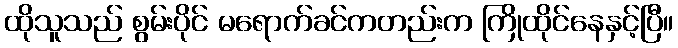
ထိုသူသည် စွမ်းပိုင် မရောက်ခင်ကတည်းက ကြိုထိုင်နေနှင့်ပြီ။